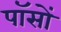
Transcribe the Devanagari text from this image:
पॉसों